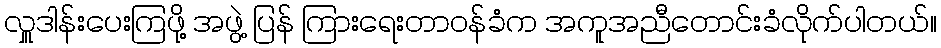
လှူဒါန်းပေးကြဖို့ အဖွဲ့ ပြန် ကြားရေးတာဝန်ခံက အကူအညီတောင်းခံလိုက်ပါတယ်။